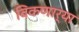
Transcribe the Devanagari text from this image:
विकणार्‍या